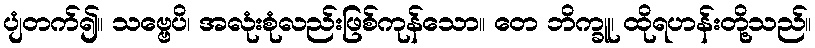
ပျံတက်၍။ သဗ္ဗေပိ၊ အလုံးစုံလည်းဖြစ်ကုန်သော။ တေ ဘိက္ခူ၊ ထိုရဟန်းတို့သည်။